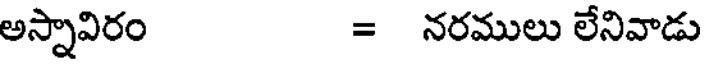
అస్నావిరం = నరములు లేనివాడు